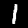
Label: 1